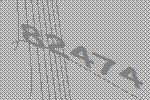
82474